Investigations on Bengal jail dietaries - Number 37
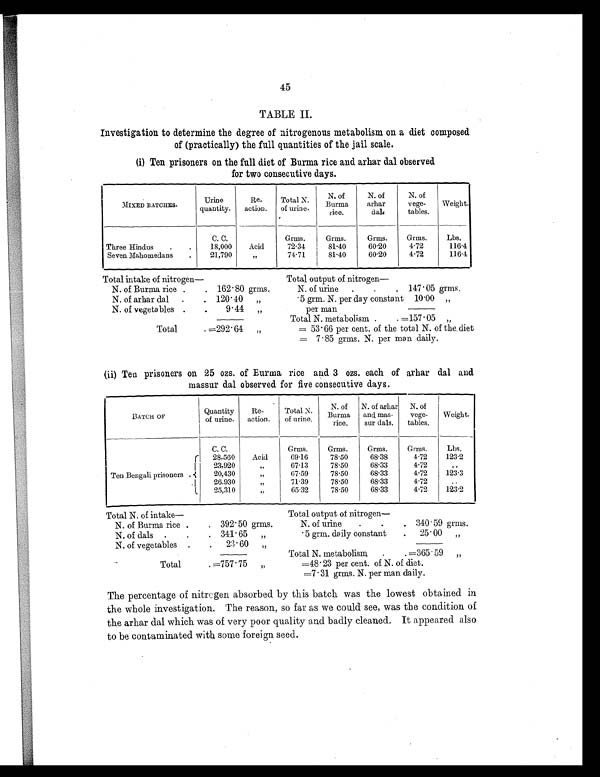
45
TABLE II.
Investigation to determine the degree of nitrogenous metabolism on a diet composed
of (practically) the full quantities of the jail scale.
(i) Ten prisoners on the full diet of Burma rice and arhar dal observed
for two consecutive days.
MIXED BATCHES.
Urine
quantity.
Re-
action.
Total N.
of urine.
N. of
Burma
ri ce.
N. of
arhar
dal.
N. of
vege-
tables.
Weight.
C. C.
Grms.
Grms.
Grms.
Grms.
Lbs.
Three Hindus
.
.
18,000
Acid
72.34
81.40
60.20
4.72
116.4
Seven Mahomedans
.
21,790
„
74.71
81.40
60.20
4.72
116.4
Total i ntake of ni trogen—
Total output of nitrogen
—
N. of Burma rice .
. 162.80 grms.
N. of urine
.
.
. 147.05 grms.
N. of arhar dal
.
. 120.40 „
.5 grm. N. per day constant 10.00 „
N. of vegetables
.
.
9.44 „
per man
Total N. metabolism
.
. =157.05 „
Total
. =292.64 „
= 53.66 per cent. of the total N. of the diet
= 7.85 grms. N. per man daily.
(ii) Ten prisoners on 25 ozs. of Burma rice and 3 ozs. each of arhar dal and
massur dal observed for five consecutive days.
BATCH OF
Quantity
of urine.
Re-
action.
Total N.
of urine.
N. of
Burma
rice.
N. of arhar
and mas-
sur dals.
N. of
vege-
tables.
Weight.
C. C.
Grms.
Grms.
Grms.
Grms.
L b s .
Ten Bengali prisoners
.
28,560
Acid
69.16
78.50
68.38
4.72
123.2
23,920
„
67.13
78.50
68.33
4.72
. .
20,430
„
67.59
78.50
68.33
4.72
123.3
26,930
„
71.39
78.50
68.33
4.72
. .
25,310
„
65.32
78.50
68.33
4.72
123.2
T o t a l N . o f i n t a k e —
Total output of nitrogen
—
N. of Burma rice .
. 392.50 grms.
N. of urine
.
.
. 340.59 grms.
N. of dals
.
.
. 341.65 „
.5 grm. daily constant
. 25.00 „
N. of vegetables
.
.
23.60 „
Total N. metabolism
.
. =365.59 „
Total
. =757.75 „
=48.23 per cent. of N. of diet.
=7.31 grms. N. per man daily.
The percentage of nitrogen absorbed by this batch was the lowest obtained in
the whole investigation. The reason, so far as we could see, was the condition of
the arhar dal which was of very poor quality and badly cleaned. It appeared also
to be contaminated with some foreign seed.